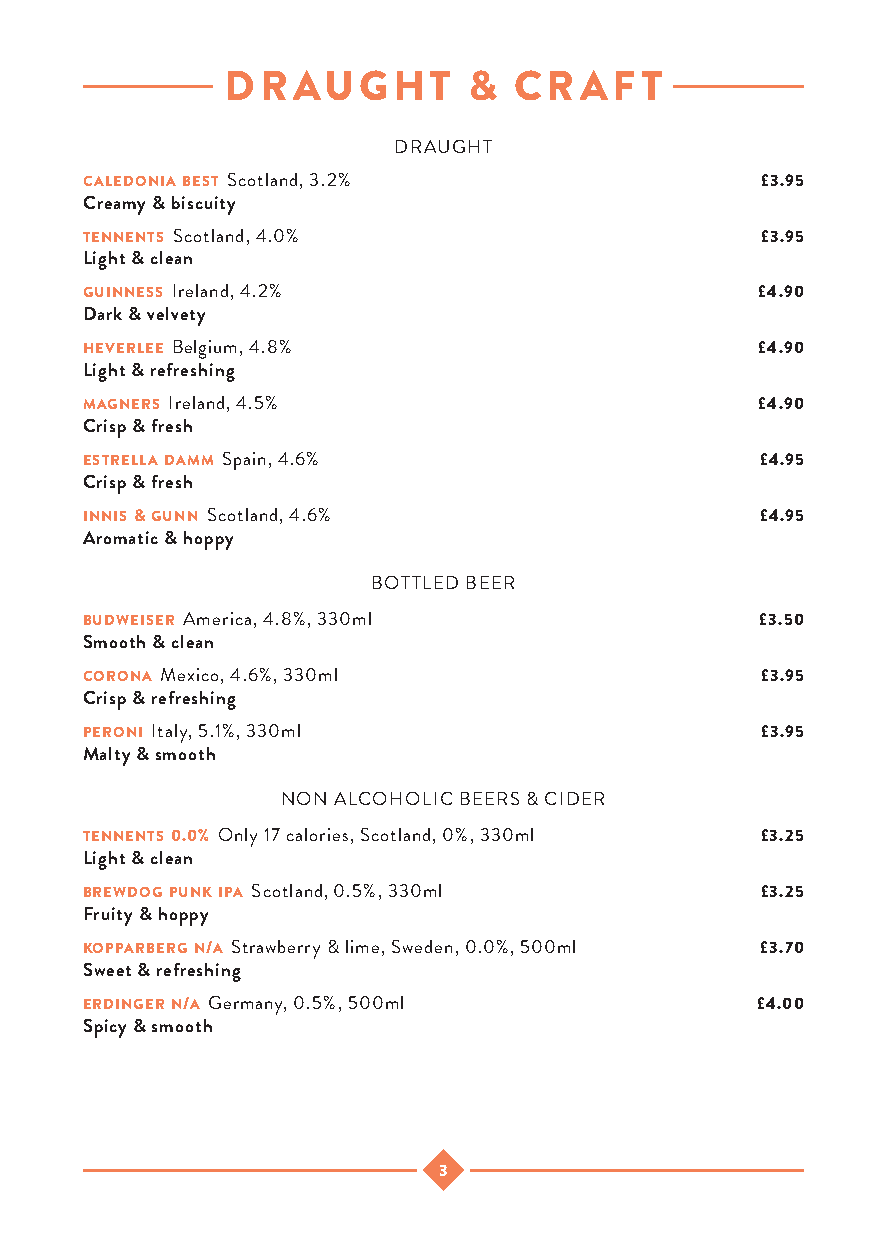
DRAUGHT         &  CRAFT
 DRAUGHT
 caledonia best Scotland, 3.2%                £3.95
 Creamy & biscuity
 tennents Scotland, 4.0%                      £3.95
 Light & clean
 guinness Ireland, 4.2%                       £4.90
 Dark & velvety
 heverlee Belgium, 4.8%                       £4.90
 Light & refreshing
 magners Ireland, 4.5%                        £4.90
 Crisp & fresh
 estrella damm Spain, 4.6%                    £4.95
 Crisp & fresh
 innis & gunn Scotland, 4.6%                  £4.95
 Aromatic & hoppy
 BOTTLED BEER
 budweiser America, 4.8%, 330ml               £3.50
 Smooth & clean
 corona Mexico, 4.6%, 330ml                   £3.95
 Crisp & refreshing
 peroni Italy, 5.1%, 330ml                    £3.95
 Malty & smooth
 NON ALCOHOLIC BEERS & CIDER
 tennents 0.0% Only 17 calories, Scotland, 0%, 330ml £3.25
 Light & clean
 brewdog punk ipa Scotland, 0.5%, 330ml       £3.25
 Fruity & hoppy
 kopparberg n/a Strawberry & lime, Sweden, 0.0%, 500ml £3.70
 Sweet & refreshing
 erdinger n/a Germany, 0.5%, 500ml            £4.00
 Spicy & smooth
 3